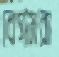
বেগমরা